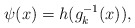
\begin{align*}\psi(x)=h(g_k^{-1}(x)),\end{align*}